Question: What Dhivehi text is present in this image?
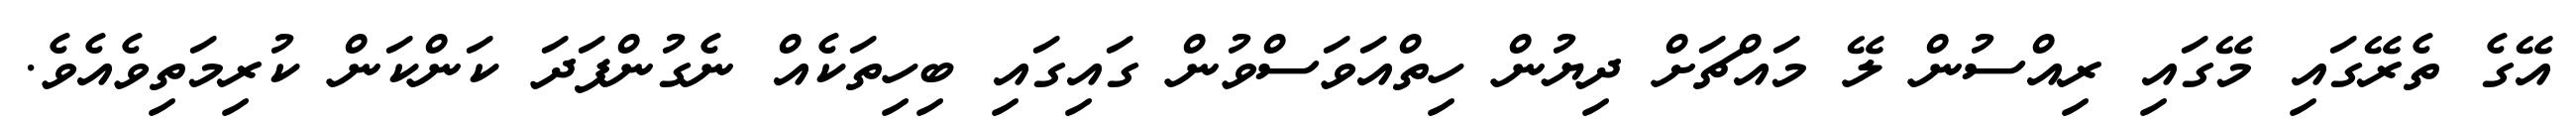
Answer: އޭގެ ތެރޭގައި މޭގައި ރިއްސުން ލޭ މައްޗަށް ދިޔުން ހިތްއަވަސްވުން ގައިގައި ބިހިތަކެއް ނެގުންފަދަ ކަންކަން ކުރިމަތިވެއެވެ.